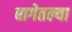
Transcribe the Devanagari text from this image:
बागेतल्या